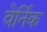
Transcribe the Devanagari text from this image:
वेर्निक